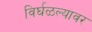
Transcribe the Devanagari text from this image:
विर्घळल्यावर